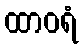
ထာဝရံ